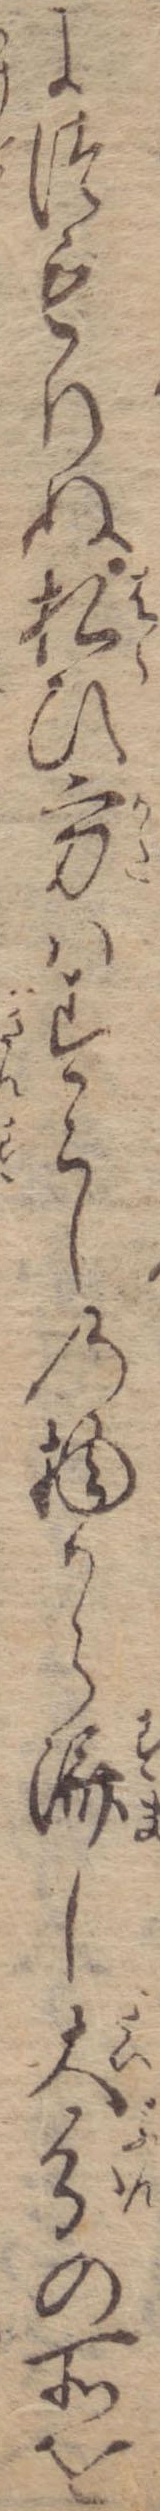
につもりぬ払ひ方はすこしの物から済し大分の所を